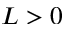
L > 0